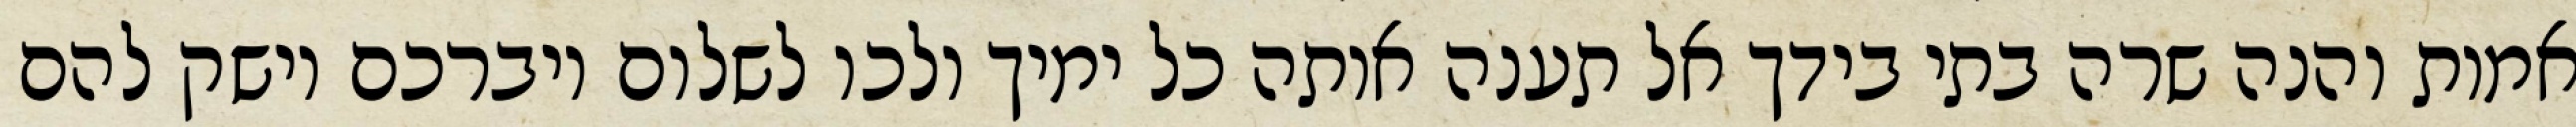
אמות והנה שרה בתי בידך אל תענה אותה כל ימיך ולכו לשלום ויברכם וישק להם